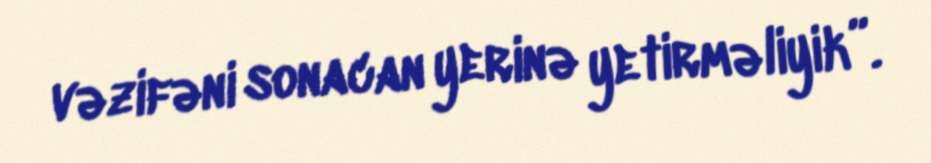
vəzifəni sonacan yerinə yetirməliyik”.